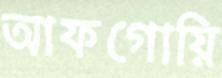
আফগোয়ি